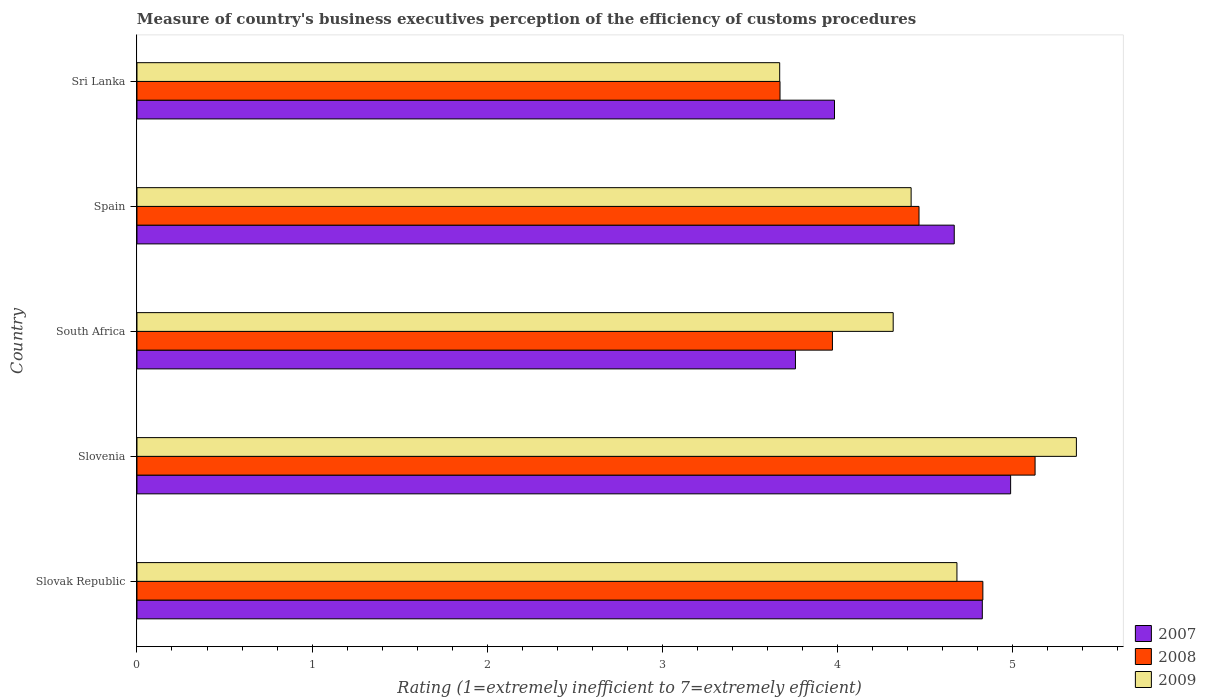
| Country | 2007 | 2008 | 2009 |
 | --- | --- | --- | --- |
 | Slovak Republic | 4.83 | 4.83 | 4.68 |
 | Slovenia | 4.99 | 5.13 | 5.36 |
 | South Africa | 3.76 | 3.97 | 4.32 |
 | Spain | 4.67 | 4.47 | 4.42 |
 | Sri Lanka | 3.98 | 3.67 | 3.67 |